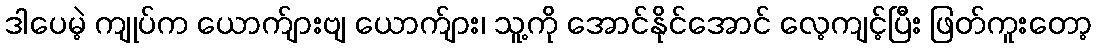
ဒါပေမဲ့ ကျုပ်က ယောက်ျားဗျ ယောက်ျား၊ သူ့ကို အောင်နိုင်အောင် လေ့ကျင့်ပြီး ဖြတ်ကူးတော့